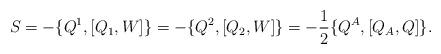
LaTeX: \begin{align*}S=-\{Q^1, [Q_1, W]\}=-\{Q^2, [Q_2, W]\}=- \frac{1}{2}\{Q^A, [ Q_A, Q]\}.\end{align*}